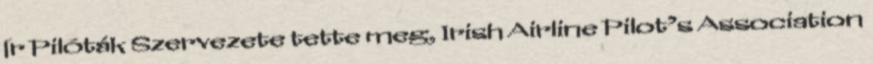
Ír Pilóták Szervezete tette meg, Irish Airline Pilot’s Association